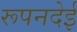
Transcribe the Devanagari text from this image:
रूपनदेई